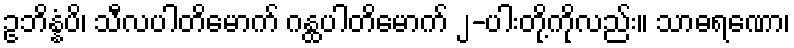
ဥဘိန္နံပိ၊ သီလပါတိမောက် ဂန္ထပါတိမောက် ၂-ပါးတို့ကိုလည်း။ သာဓရဏော၊